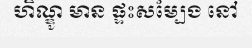
ហិណ្ឌូ មាន ផ្ទះសម្បែង នៅ